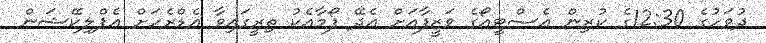
ދުވަހުގެ 12:30ގެ ކުރިން އެސްޓީއޯގެ ވަޒީފާއަށް އެދޭ ފޯމާއެކު ތިރީގައިވާ އެޑްރެހަށް އެޕްލިކޭޝަން